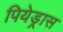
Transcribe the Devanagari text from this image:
पियेड्रास